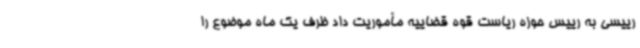
رییسی به رییس حوزه ریاست قوه قضاییه مأموریت داد ظرف یک ماه موضوع را